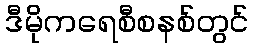
ဒီမိုကရေစီစနစ်တွင်